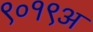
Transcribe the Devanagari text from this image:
९०१९अ